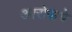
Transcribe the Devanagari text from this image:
आरोपाचे